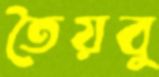
তৈয়বু